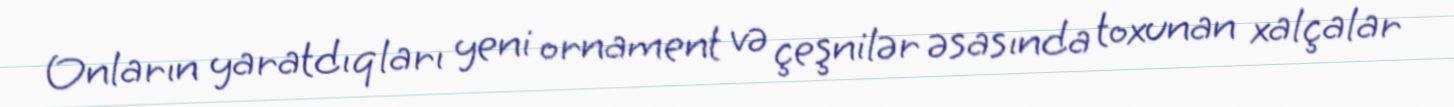
Onların yaratdıqları yeni ornament və çeşnilər əsasında toxunan xalçalar